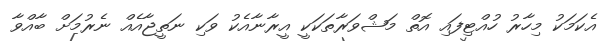
އެކަމަކު މިހާރު ހުއްޓިފައި އޮތް މަޝްވަރާތަކަކީ އީރާނާއެކު ވަކި ނަތީޖާއެއް ނެރުމަށް ބާއްވާ